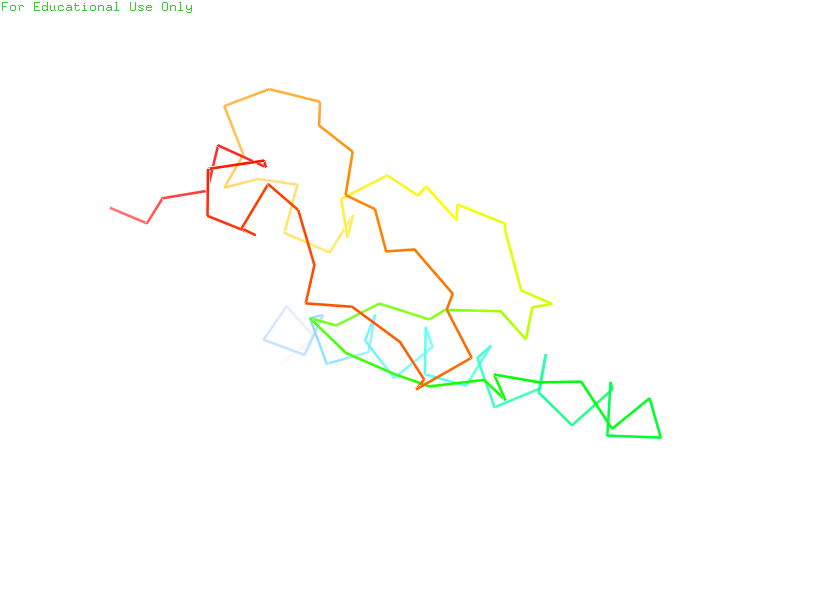
pymol, preset, ligands